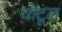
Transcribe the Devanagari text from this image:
घोटूल